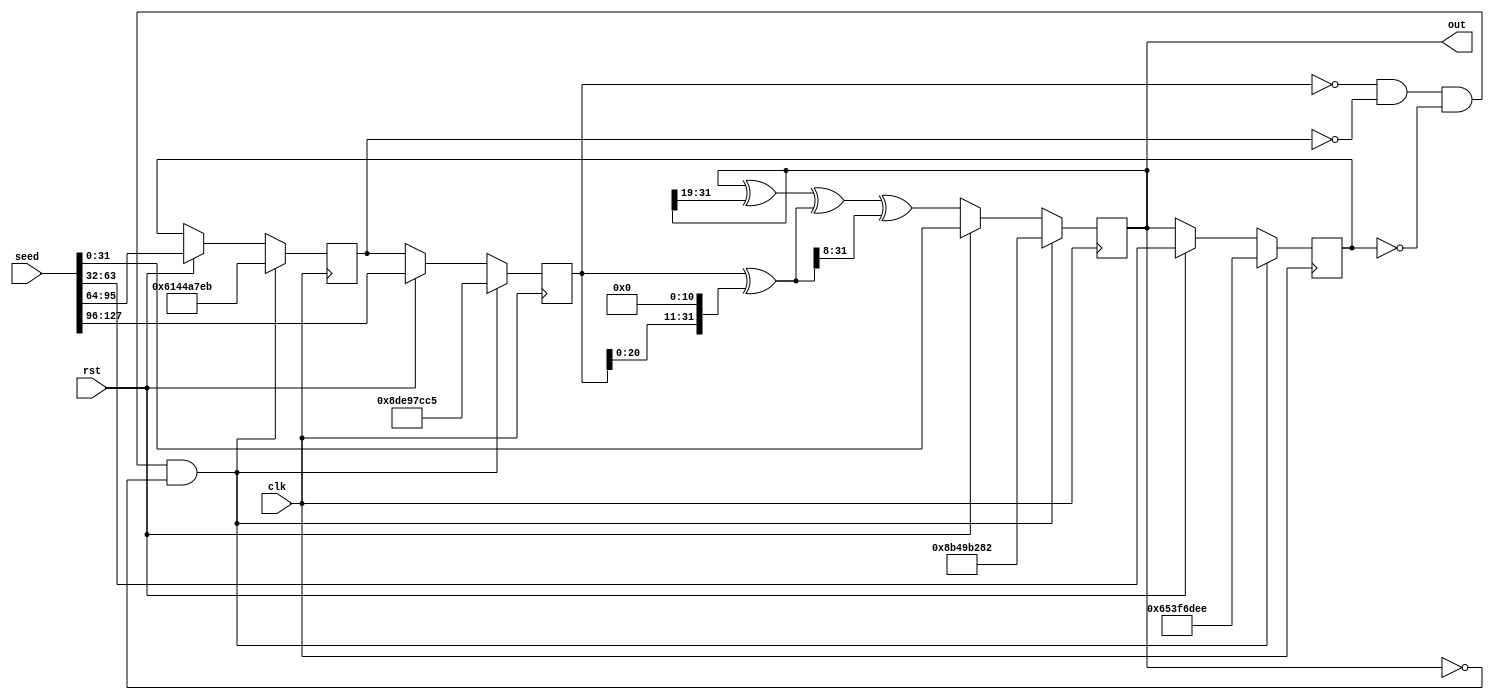
module xorshift(
    input clk,
    input rst,
    input [127:0] seed,
    output [31:0] out
    );

reg [31:0] x_q, y_q, z_q, w_q, x_d, y_d, z_d, w_d;
assign out = w_q;

always @(*) begin
	x_d = y_q;
	y_d = z_q;
	z_d = w_q;
	w_d = w_q ^ (w_q >> 19) ^ (x_q ^ (x_q << 11)) ^ ((x_q ^ (x_q << 11)) >> 8);
end

always @(posedge clk) begin
	// Auto-reset if we're in the all-zero state
	if (x_q == 0 && y_q == 0 && z_q == 0 && w_q == 0) begin
		x_q <= 32'h8de97cc5;
		y_q <= 32'h6144a7eb;
		z_q <= 32'h653f6dee;
		w_q <= 32'h8b49b282;
	end else if (rst) begin
		x_q <= seed[127:96];
		y_q <= seed[95:64];
		z_q <= seed[63:32];
		w_q <= seed[31:0];
	end else begin
		x_q <= x_d;
		y_q <= y_d;
		z_q <= z_d;
		w_q <= w_d;
	end
end

endmodule